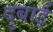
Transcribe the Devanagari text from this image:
दुबाई